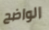
الواضح